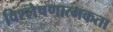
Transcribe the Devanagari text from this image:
विश्लेषणात्मकता